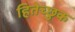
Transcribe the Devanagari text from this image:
हितेच्छुक